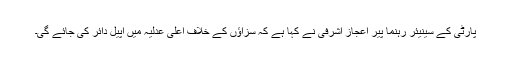
پارٹی کے سینیئر رہنما پیر اعجاز اشرفی نے کہا ہے کہ سزاؤں کے خلاف اعلیٰ عدلیہ میں اپیل دائر کی جائے گی۔